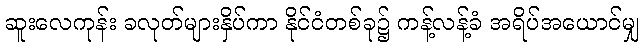
ဆူးလေကုန်း ခလုတ်များနှိပ်ကာ နိုင်ငံတစ်ခု၌ ကန့်လန့်ခံ အရိပ်အယောင်မျှ